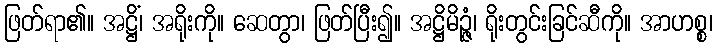
ဖြတ်ရာ၏။ အဋ္ဌိံ၊ အရိုးကို။ ဆေတွာ၊ ဖြတ်ပြီး၍။ အဋ္ဌိမိဉ္ဇံ၊ ရိုးတွင်းခြင်ဆီကို။ အာဟစ္စ၊